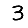
Digit: 3